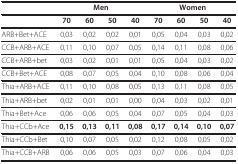
|  | <COLSPAN=4> Men | <COLSPAN=4> Women |
 | --- | --- | --- | --- | --- | --- | --- | --- | --- |
 |  | 70 | 60 | 50 | 40 | 70 | 60 | 50 | 40 |
 | ARB+Bet+ACE | 0,03 | 0,02 | 0,02 | 0,01 | 0,05 | 0,04 | 0,03 | 0,02 |
 | CCB+ARB+ACE | 0,11 | 0,10 | 0,07 | 0,05 | 0,14 | 0,11 | 0,08 | 0,06 |
 | CCB+ARB+bet | 0,03 | 0,02 | 0,01 | 0,01 | 0,05 | 0,04 | 0,03 | 0,02 |
 | CCB+Bet+ACE | 0,08 | 0,07 | 0,05 | 0,04 | 0,10 | 0,08 | 0,06 | 0,04 |
 | Thia+ARB+ACE | 0,11 | 0,10 | 0,08 | 0,05 | 0,13 | 0,11 | 0,08 | 0,05 |
 | Thia+ARB+bet | 0,02 | 0,01 | 0,01 | 0,00 | 0,04 | 0,03 | 0,02 | 0,01 |
 | Thia+Bet+Ace | 0,06 | 0,06 | 0,05 | 0,04 | 0,07 | 0,05 | 0,04 | 0,03 |
 | Thia+CCb+Ace | 0,15 | 0,13 | 0,11 | 0,08 | 0,17 | 0,14 | 0,10 | 0,07 |
 | Thia+CCb+Bet | 0,10 | 0,07 | 0,05 | 0,02 | 0,12 | 0,08 | 0,05 | 0,02 |
 | Thia+CCB+ARB | 0,06 | 0,06 | 0,05 | 0,03 | 0,07 | 0,06 | 0,04 | 0,03 |